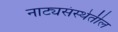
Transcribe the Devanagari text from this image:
नाट्यसंस्थेतील